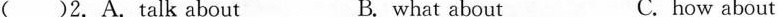
( )2.A.Talk about B. what about C. how about